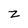
Character: z